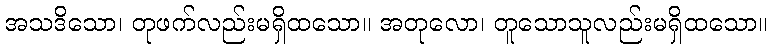
အသဒိသော၊ တုဖက်လည်းမရှိထသော။ အတုလော၊ တူသောသူလည်းမရှိထသော။